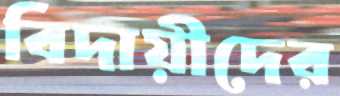
বিদায়ীদের